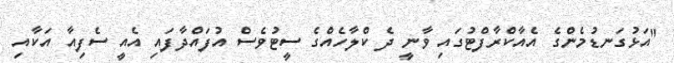
"އަޅުގަނޑުމެންގެ އެއާކްރާފްޓުގައި ވާނީ ދެ ކްލާހެއްގެ ސީޓުވެސް އުފައްދާފައި އެއީ ސެފިއާ އަކާއި